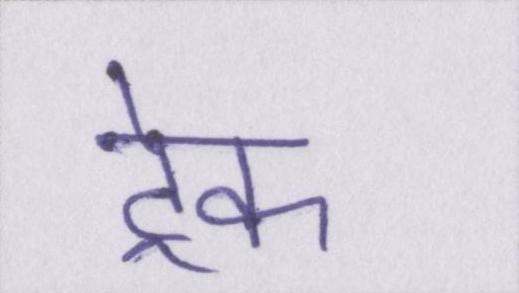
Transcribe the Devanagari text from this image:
ट्रेक